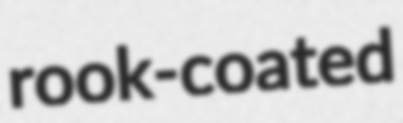
rook-coated